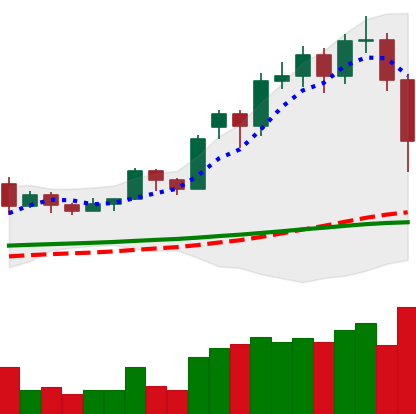
Ticker: LTC-USD
Chart end date: 2020-11-26
Forward return: 20.56%
Label: up_7plus